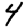
Digit: 4